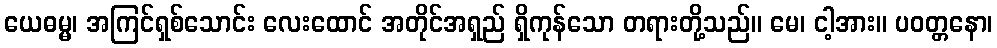
ယေဓမ္မ၊ အကြင်ရှစ်သောင်း လေးထောင် အတိုင်အရှည် ရှိကုန်သော တရားတို့သည်။ မေ၊ ငါ့အား။ ပဝတ္တနော၊